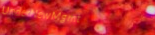
UnderNewMgmt